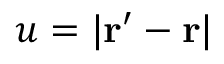
u = | \ensuremath { \mathbf { r } } ^ { \prime } - \ensuremath { \mathbf { r } } |